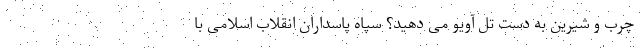
چرب و شیرین به دست تل آویو می دهید؟ سپاه پاسداران انقلاب اسلامی با